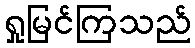
ရှုမြင်ကြသည်